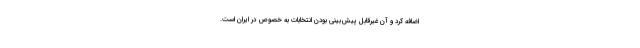
اضافه کرد و آن غیرقابل پیش‌بینی بودن انتخابات به خصوص در ایران است.